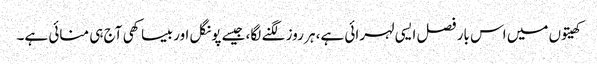
کھیتوں میں اس بار فصل ایسی لہرائی ہے، ہر روز لگنے لگا، جیسے پونگل اور بیساکھی آج ہی منائی ہے۔